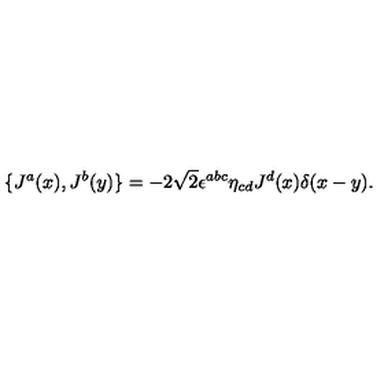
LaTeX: \{ J ^ { a } ( x ) , J ^ { b } ( y ) \} = - 2 \sqrt 2 \epsilon ^ { a b c } \eta _ { c d } J ^ { d } ( x ) \delta ( x - y ) .